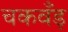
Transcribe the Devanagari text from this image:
चकवँड़